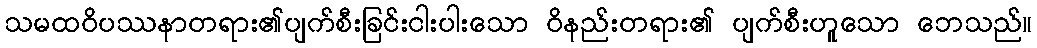
သမထဝိပဿနာတရား၏ပျက်စီးခြင်းငါးပါးသော ဝိနည်းတရား၏ ပျက်စီးဟူသော ဘေသည်။